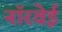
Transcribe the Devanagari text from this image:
नॉरवेई